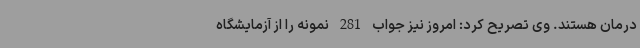
درمان هستند. وی تصریح کرد: امروز نیز جواب 281 نمونه را از آزمایشگاه